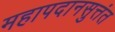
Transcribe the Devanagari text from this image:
महापदानसुत्तंत